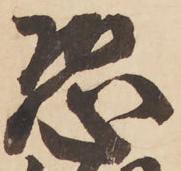
恐